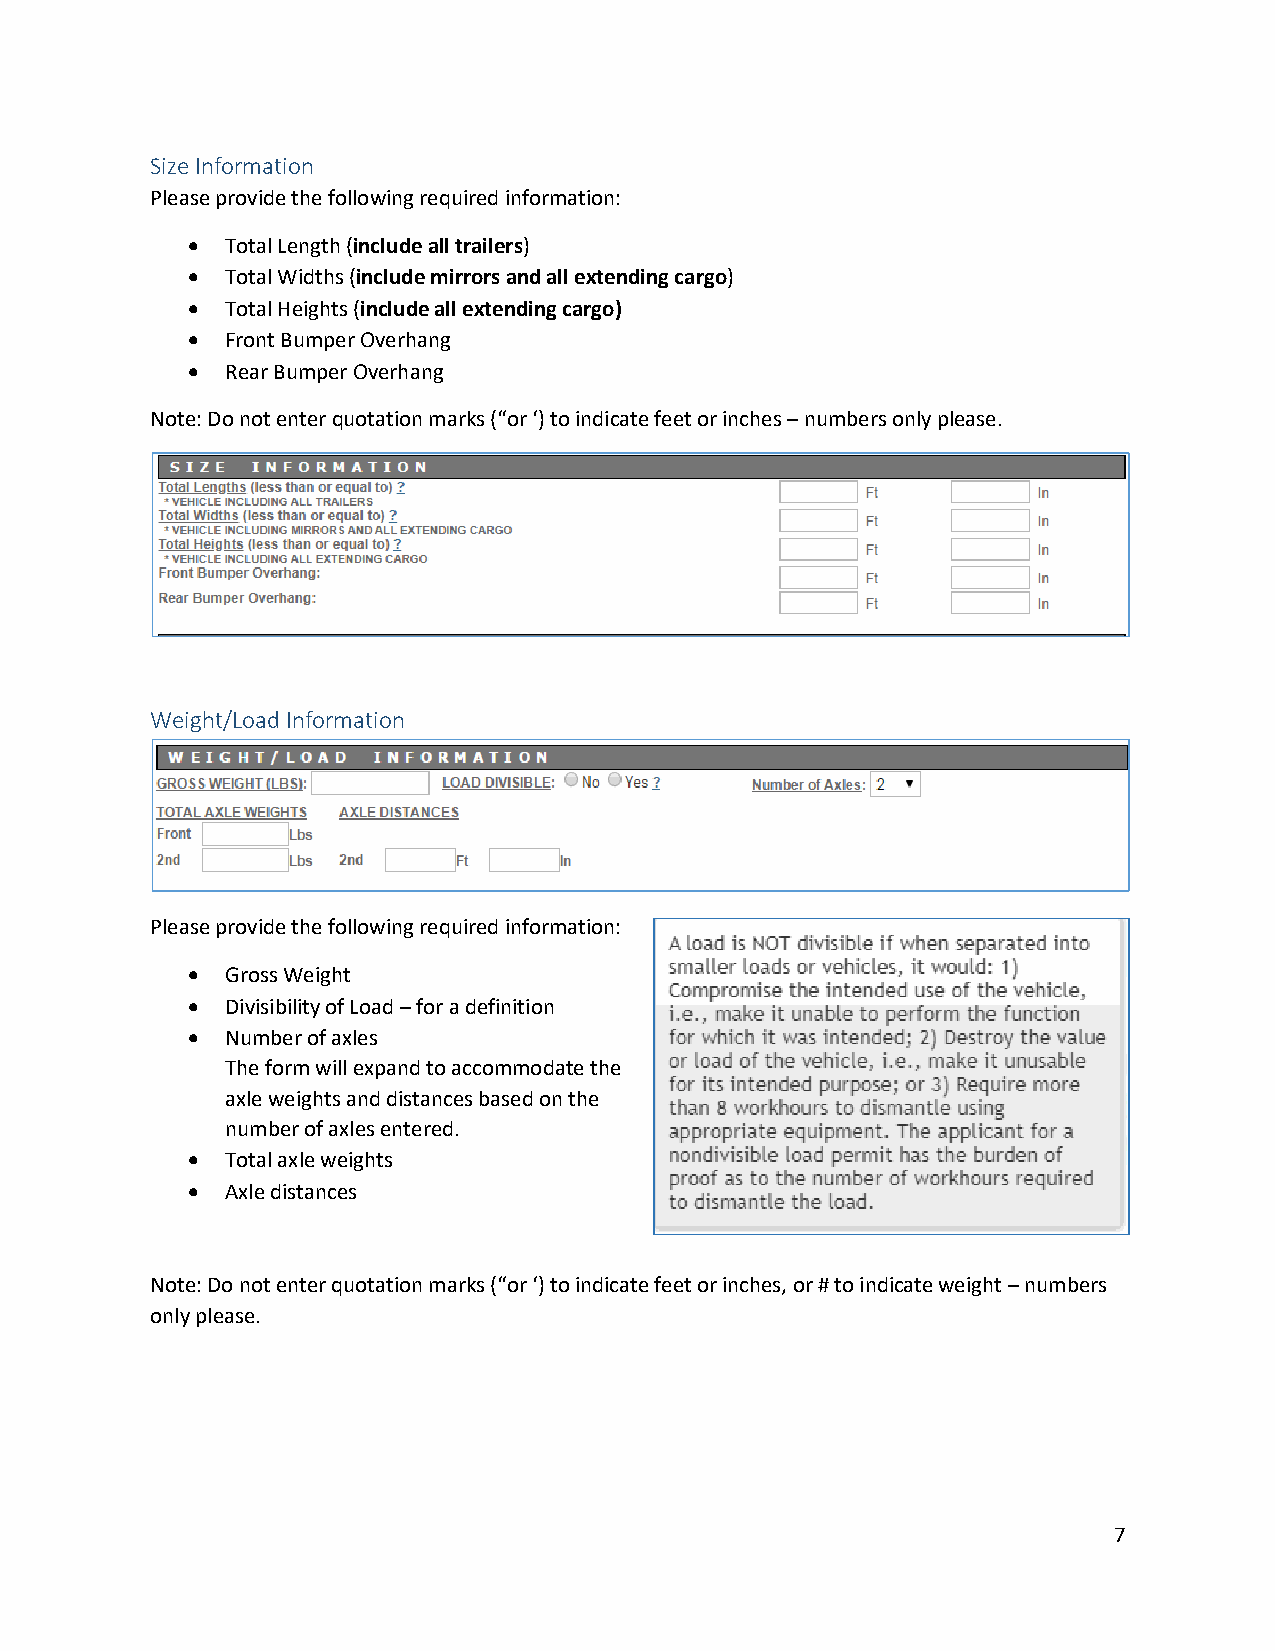
Size Information
 Please provide the following required information:
 •  Total Length (include all trailers)
 •  Total Widths (include mirrors and all extending cargo)
 •  Total Heights (include all extending cargo)
 •  Front Bumper Overhang
 •  Rear Bumper Overhang
 Note: Do not enter quotation marks (“or ‘) to indicate feet or inches – numbers only please.
 Weight/Load Information
 Please provide the following required information:
 •  Gross Weight
 •  Divisibility of Load – for a definition
 •  Number of axles
 The form will expand to accommodate the
 axle weights and distances based on the
 number of axles entered.
 •  Total axle weights
 •  Axle distances
 Note: Do not enter quotation marks (“or ‘) to indicate feet or inches, or # to indicate weight – numbers
 only please.
 7